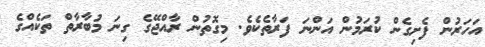
އަހަރުން ފެށިގެން ކުރަމުން އަންނަ ފަރާތެކެވެ. މިގޮތުން ރާއްޖޭގެ ގިނަ މުބާރާތް ތަކެއްގެ